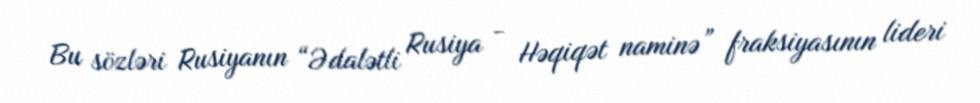
Bu sözləri Rusiyanın “Ədalətli Rusiya - Həqiqət naminə” fraksiyasının lideri